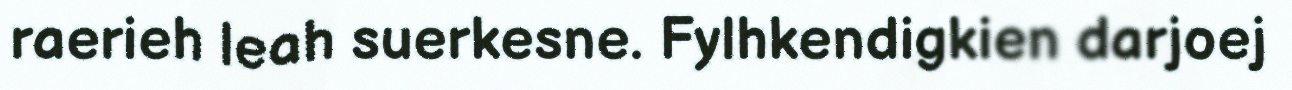
raerieh leah suerkesne. Fylhkendigkien darjoej